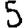
Digit: 5